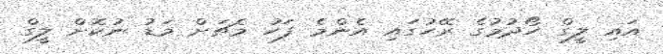
އައި ލީގް ހޯދުމުގެ ރޭހުގައި އެންމެ ފަހު މެޗަށް މަޑު ނުކޮށް ލީގް